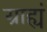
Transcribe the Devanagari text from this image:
ग्राह्यं